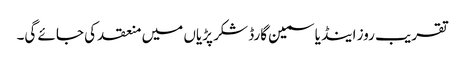
تقریب روز اینڈ یاسمین گارڈ شکر پڑیاں میں منعقد کی جائے گی۔